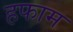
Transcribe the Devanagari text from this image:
हफाम